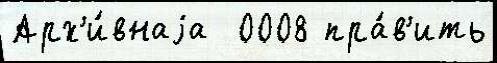
Арх'и́внаjа  0008 пра́в'ить